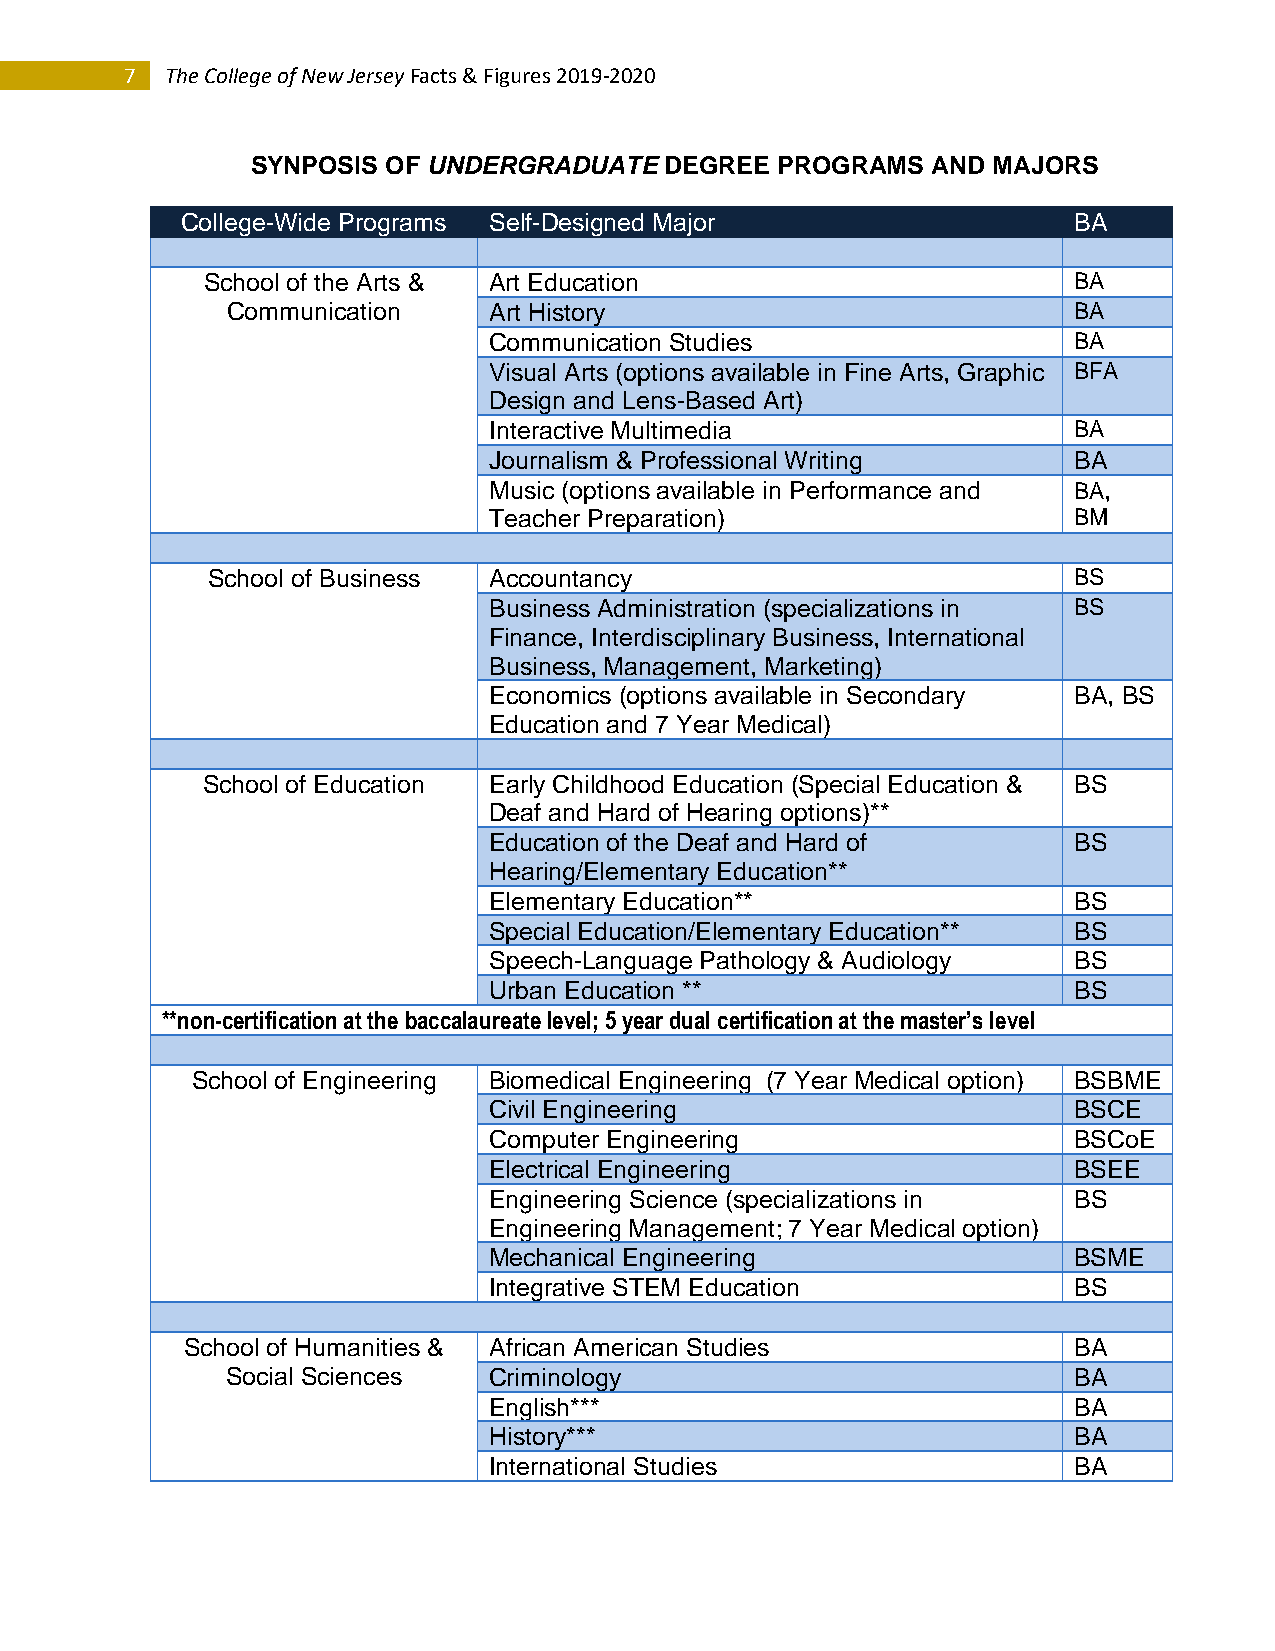
7  The College of New Jersey Facts & Figures 2019-2020
 SYNPOSIS OF UNDERGRADUATE  DEGREE PROGRAMS   AND MAJORS
 College-Wide Programs Self-Designed Major                  BA
 School of the Arts & Art Education                        BA
 Communication    Art History                            BA
 Communication Studies                  BA
 Visual Arts (options available in Fine Arts, Graphic BFA
 Design and Lens-Based Art)
 Interactive Multimedia                 BA
 Journalism & Professional Writing      BA
 Music (options available in Performance and BA,
 Teacher Preparation)                   BM
 School of Business Accountancy                           BS
 Business Administration (specializations in BS
 Finance, Interdisciplinary Business, International
 Business, Management, Marketing)
 Economics (options available in Secondary BA, BS
 Education and 7 Year Medical)
 School of Education Early Childhood Education (Special Education & BS
 Deaf and Hard of Hearing options)**
 Education of the Deaf and Hard of      BS
 Hearing/Elementary Education**
 Elementary Education**                 BS
 Special Education/Elementary Education** BS
 Speech-Language Pathology & Audiology  BS
 Urban Education **                     BS
 **non-certification at the baccalaureate level; 5 year dual certification at the master’s level
 School of Engineering Biomedical Engineering (7 Year Medical option) BSBME
 Civil Engineering                      BSCE
 Computer Engineering                   BSCoE
 Electrical Engineering                 BSEE
 Engineering Science (specializations in BS
 Engineering Management; 7 Year Medical option)
 Mechanical Engineering                 BSME
 Integrative STEM Education             BS
 School of Humanities & African American Studies            BA
 Social Sciences  Criminology                            BA
 English***                             BA
 History***                             BA
 International Studies                  BA